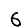
Digit: 6